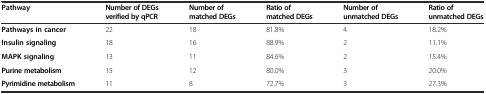
| Pathway | Number of DEGs verified by qPCR | Number of matched DEGs | Ratio of matched DEGs | Number of unmatched DEGs | Ratio of unmatched DEGs |
 | --- | --- | --- | --- | --- | --- |
 | Pathways in cancer | 22 | 18 | 81.8% | 4 | 18.2% |
 | Insulin signaling | 18 | 16 | 88.9% | 2 | 11.1% |
 | MAPK signaling | 13 | 11 | 84.6% | 2 | 15.4% |
 | Purine metabolism | 15 | 12 | 80.0% | 3 | 20.0% |
 | Pyrimidine metabolism | 11 | 8 | 72.7% | 3 | 27.3% |